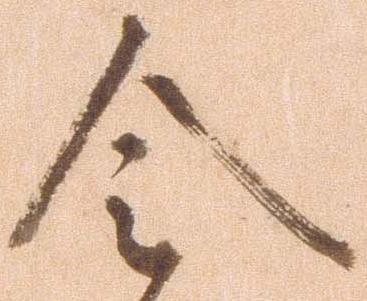
令